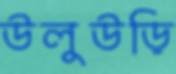
উলুউড়ি